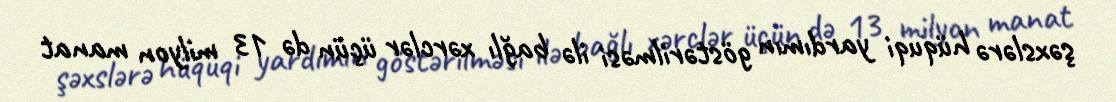
şəxslərə hüquqi yardımın göstərilməsi ilə bağlı xərclər üçün də 13 milyon manat